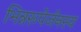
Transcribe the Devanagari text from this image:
भिन्नरूपेर्जनस्य